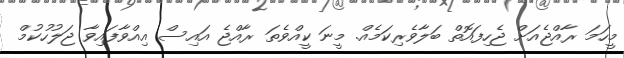
މީހަމަ ރާއްޖެއަށް ޖެހިފައޮތް ބަލާވެރިކަމެއް. މީނަ ކީއްވެތަ ރާއްޖެ އައިސް އިއްވާފައިވާ ޖަލުހުކުމް